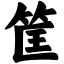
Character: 筐